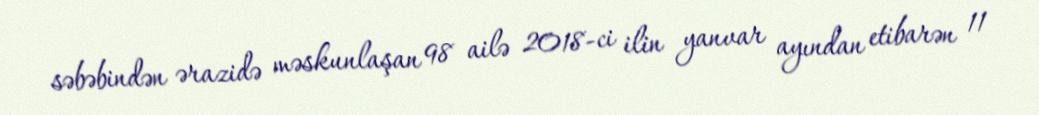
səbəbindən ərazidə məskunlaşan 98 ailə 2018-ci ilin yanvar ayından etibarən 11